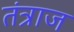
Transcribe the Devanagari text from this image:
तंत्राज